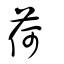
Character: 荷